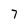
Character: 7